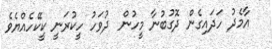
އާމެދު ހަދައިގެން ދޮގުބުނާ މީހުން  ދުވަހު ހީކުރަނީ ކީކޭހެއްޔެވެ